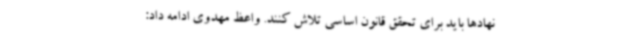
نهادها باید برای تحقق قانون اساسی تلاش کنند. واعظ مهدوی ادامه داد: